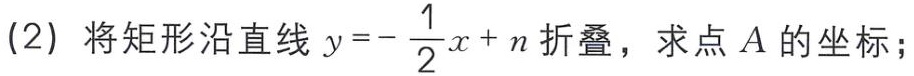
(2) 将矩形沿直线 \(y = - \frac{1}{2}x + n\) 折叠，求点 \(A\) 的坐标；